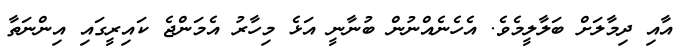
އާއި ދިމާލަށް ބަލާލީމެވެ. އެހެނެއްނުން ބުނާނީ އަޅެ މިހާރު އެމަންޖެ ކައިރީގައި އިންނަތާ